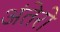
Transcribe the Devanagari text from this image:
अंतेरो